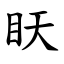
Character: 䀖